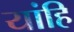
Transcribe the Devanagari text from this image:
यांहि